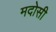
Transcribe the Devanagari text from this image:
मदोसी